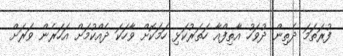
ފުރަތަމަ ދެތިން ދުވަހު އާތިފްއާ ހަތަރުކަޅި ހަމަކޮށް ވާހަކަ ދެއްކުމަށް އަހަރެން ވަރަށް